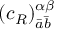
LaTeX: ( c _ { R } ) _ { { \bar { a } } { \bar { b } } } ^ { \alpha \beta }